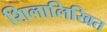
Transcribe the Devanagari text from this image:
शिलालिखित